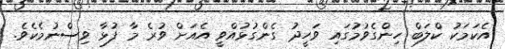
އެކަމަކު ކްލަބް ހިންގެވުމުގައި ވަހީދު ގެންގުޅުއްވީ އެއަށް ވުރެ މާ ފުޅާ ވިސްނުމެކެވެ.